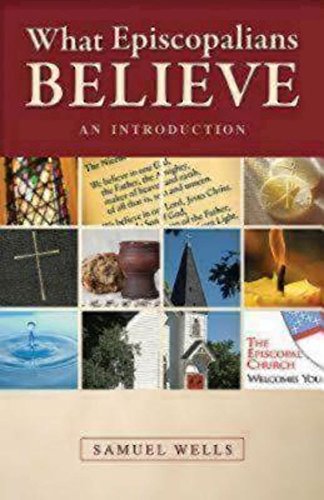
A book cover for What Episcopalians Believe: An Introduction; Samuel Wells; Christian Books & Bibles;